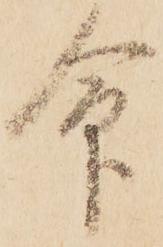
命